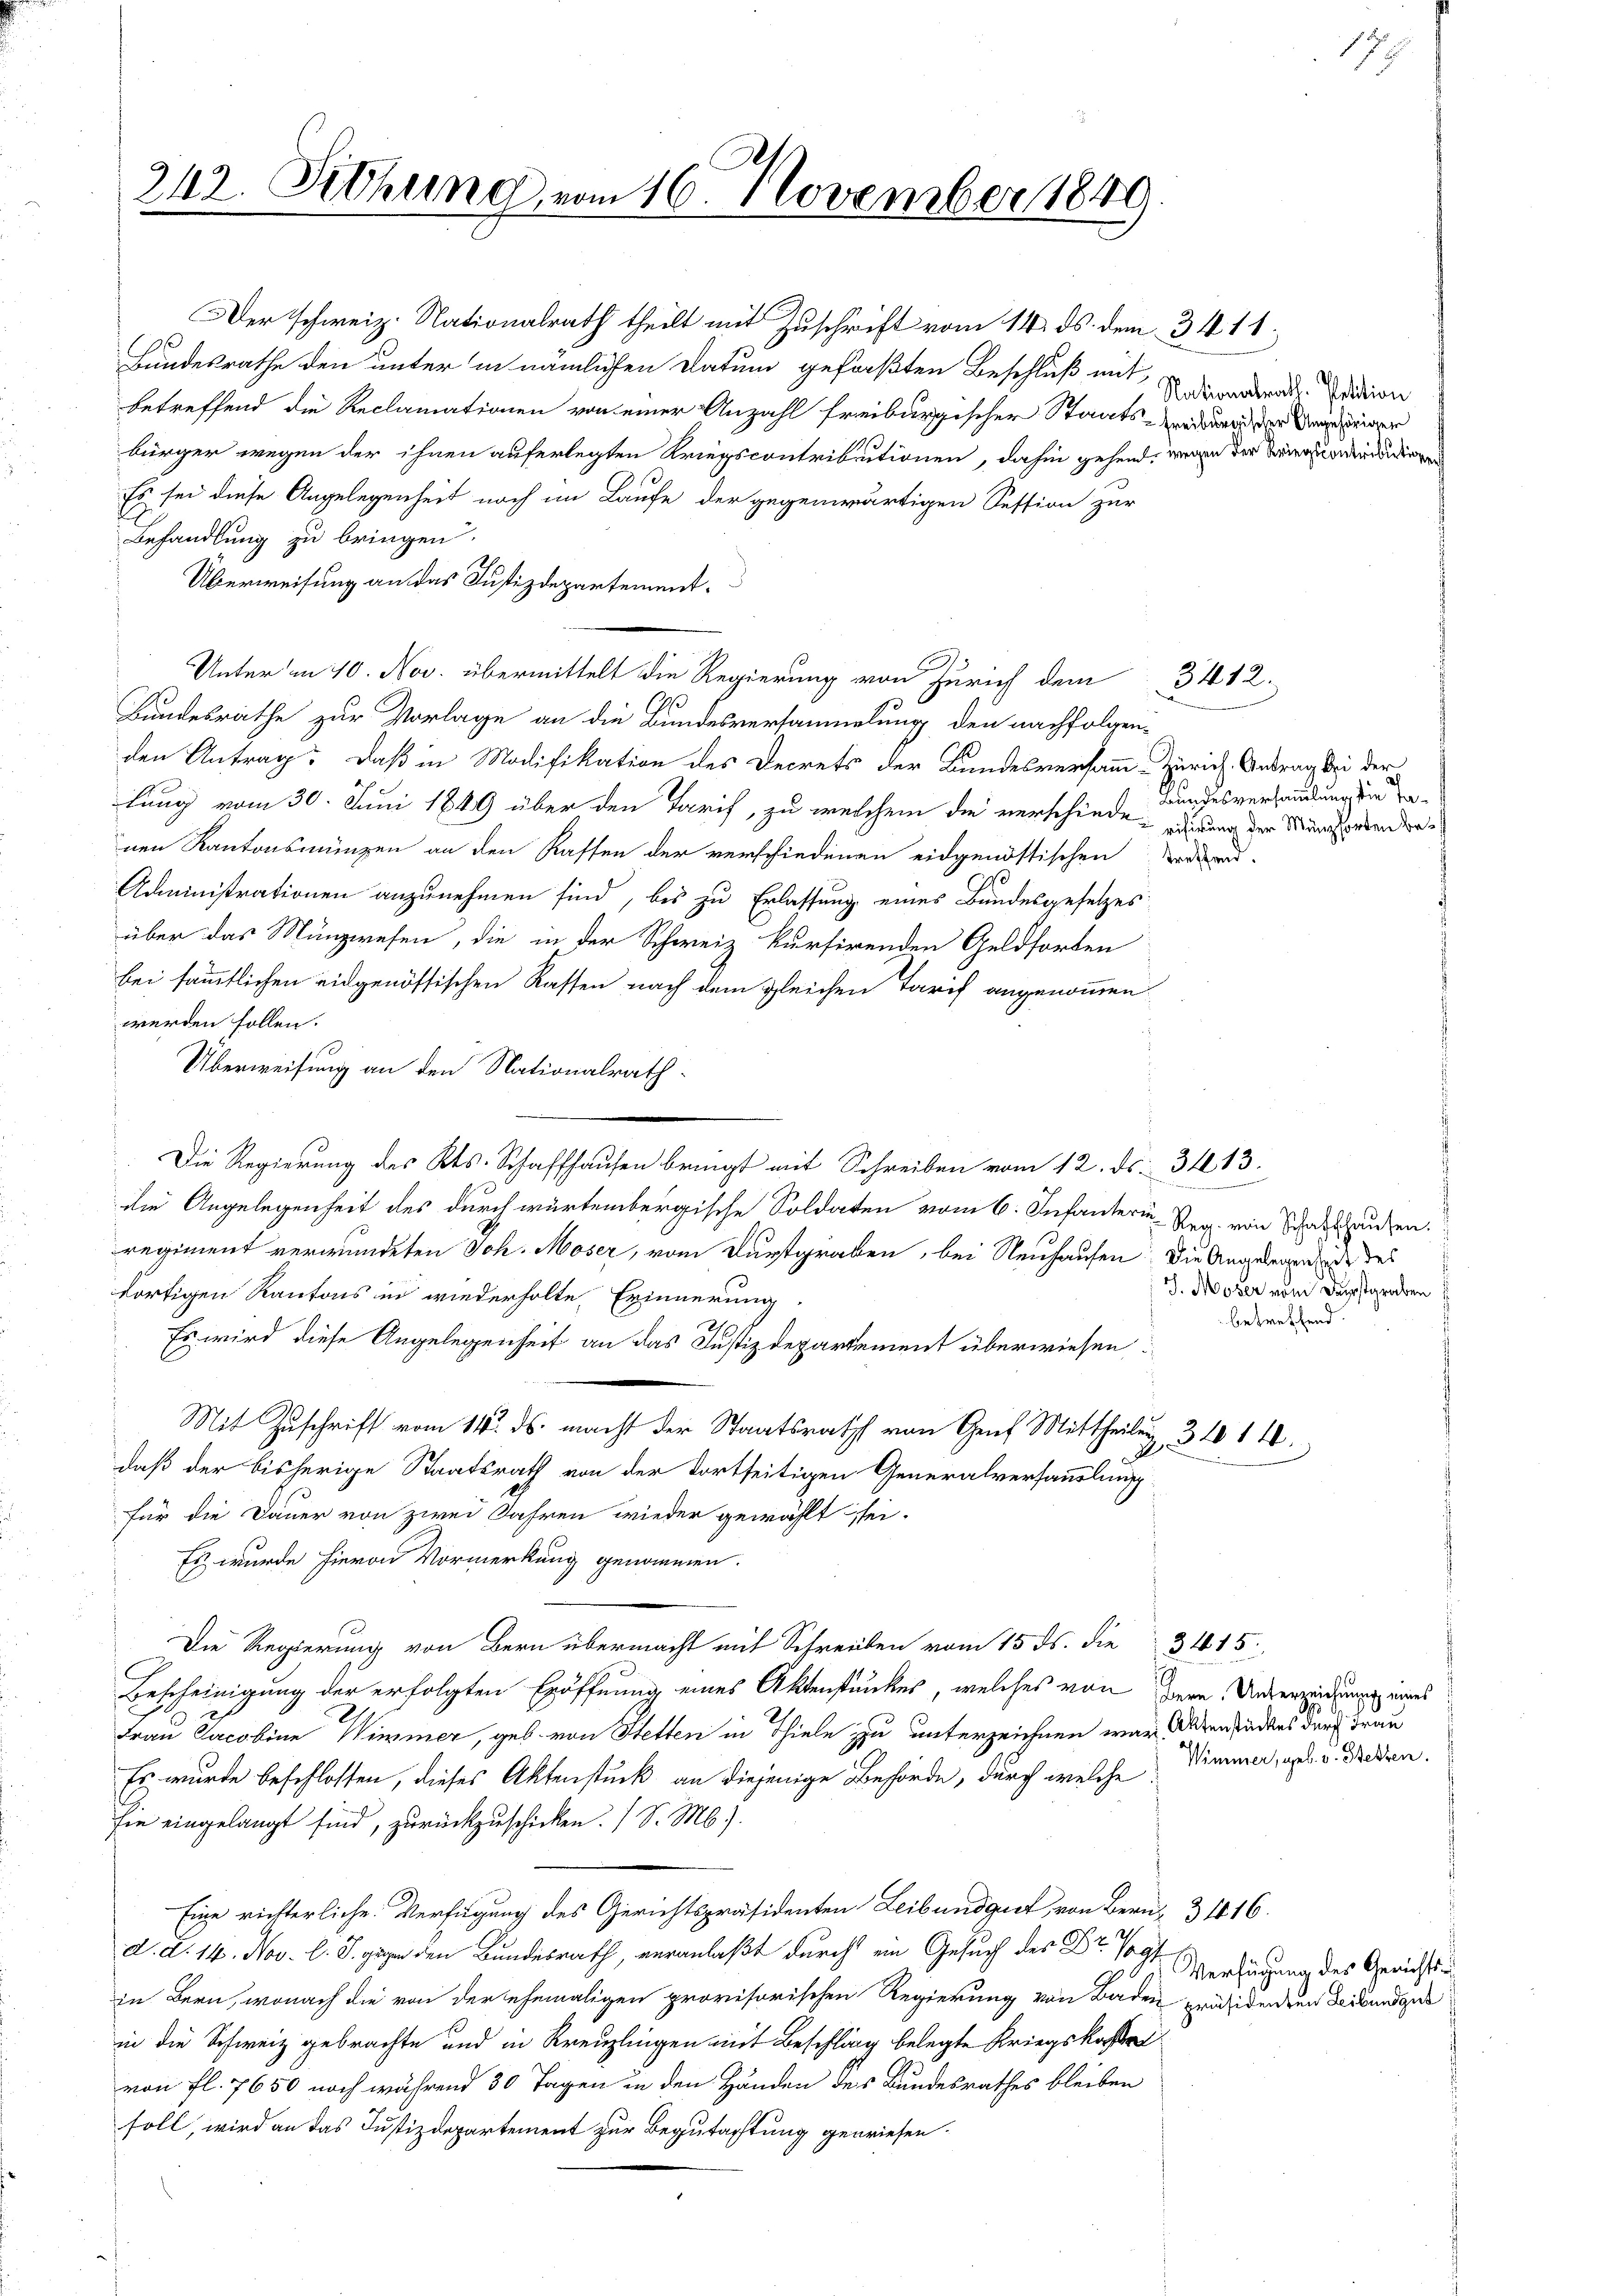
Der schweiz. Nationalrath theilt mit Zuschrift vom 14. ds. dem 3. 411.
Bundesrathe den unter in nämlichen Datum gefaßten Beschluß mit,
betreffend die Reclamationen von einer Anzahl freiburgischer Staats- und und der Regier
bürger wegen der ihnen auferlegten Kriegscontributionen, dahin gehend, wenn der Liegenden
Es sei diese Angelegenheit noch im Laufe der gegenwärtigen Session zur
Behandlung zu bringen.
Überweisung an das Justizdepartement.
Unter in 10. Nov. übermittelt die Regierung von Zürich dem
Bundesrathe zur Vorlage an die Bundesversammlung den nachfolgen-
den Antrag: Daß in Modifikation des Decrets der Bundesversamm-Zürich. Antrag bei der
lung vom 30. Juni 1849 über den Tarif, zu welchem die verschiede, edirung der Wunschweren dernen Kantonsmünzen an den Kaffen der verschiedenen eidgenössischen Trau-
Administrationen anzunehmen sind, bis zu Erlassung eines Bundesgesetzes
über das Münzwesen, die in der Schweiz kursirenden Geldforden
bei sämmtlichen eidgenössischen Kassen nach dem gleichen Tarif angenommen
werden sollen.
Überweisung an den Nationalrath
Die Regierung des Kts. Schaffhausen bringt mit Schreiben vom 12. ds. 3413.
die Angelegenheit des durch würtembergische Soldaten vom 6. Infanter Reg. von Schadhausen.
regiment verwundeten Joh. Moser, vom Durstgraben, bei Neuhausen: Die Angelegen sie des
dortigen Kantons in wiederholte Erinnerung
Es wird diese Angelegenheit an das Justizdepartement überwiesen:
Mit Zuschrift vom 14. ds. macht der Staatsraths von Genf Mittheilen, 31014.
daß der bisherige Staatsrath von der dortseitigen Generalversammlung
für die Dauer von zwei Jahren wieder gewählt sei.
Es wurde hievon Vormerkung genommen.
Die Regierung von Bern übermacht mit Schreiben vom 15. ds. die 3415
Bescheinigung der erfolgten Eröffnung eines Aktensunkes, welches von dere Unterzeichnung eines
Frau Jacobine Wimmer, geb. von Stetten in Thiele zu unterzeichnen war Alten sandtes durch Frau
Es wurde beschlossen, dieses Aktenstück an diejenige Behörde, durch welche
sie eingelangt sind, zurückzuschicken. (S. M.).
Eine richterliche Verfügung des Gerichtspräsidenten Leibundgut von Bern 3 1816.
d. d. 14. Nov. den Bundesrath, veranlaßt durch ein Gesuch des Dr. Ver
in Bern, wonach die von der ehemaligen provisorischen Regierung von Baden präsidenzen derbundgel
in die Schweiz gebrachte und in Kreuzlingen mit Beschlag belegte Kriegskostervon fl. 7650 noch während 30 Tagen in den Händen des Bundesrathes bleiben
soll, wird an das Justizdepartement zur Begutachtung gewiesen.

242. Sitzung vom 16. November 1849

Nationalrath. Petition

3412.

Bundesversammlung die Ta¬

J. Moser vom Dunstgraben
betreffend.

Wimmer, geb. v. Stetten.

Verfügung des Gerichts¬

17